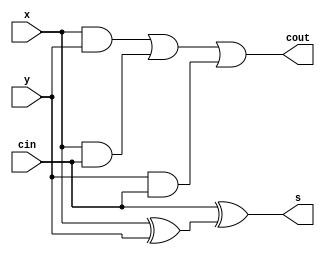
`timescale 1ns / 1ps
//////////////////////////////////////////////////////////////////////////////////
// Company: ECE 425
// Design Name: ALU
// Module Name: FA_Bit
// Purpose: A simple structual full adder for 1 bit. Has to be designed to make 16 bt full adder.
//////////////////////////////////////////////////////////////////////////////////


module FA_Bit(input x,y,cin,output s,cout);

wire w1, w2, w3, w4;

xor xOR1(w1,x,y);
xor xOR2 (s,cin,w1);// sum
and and0(w2,x,y);
and and1(w3,x,cin);
and and2(w4,y,cin);//carry
or or0(cout, w2,w3,w4);// final carry

endmodule